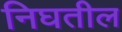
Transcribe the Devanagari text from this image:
निघतील